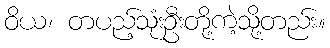
ဝိယ၊ တပည့်သုံးဦးတို့ကဲ့သို့တည်း။